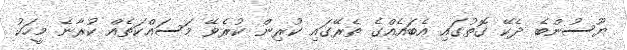
ޔޫސުންބެ ދެކޭ ގޮތުގައި އެބައެއްގެ ތެރޭގައި ކުރިން ކުރެވޭ މަސައްކަތެއް ކުރާނެ މީހަކު